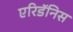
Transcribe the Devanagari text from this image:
एरिडॅनिस